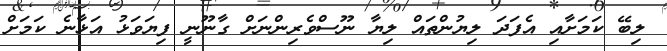
ލިބޭ ކަމަށާއި އެފަދަ ލިޔުންތައް ލިޔާ ނޫސްވެރިންނަށް ގާނޫނީ ފިޔަވަޅު އަޅާނެ ކަމަށް